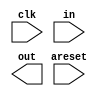
// The following is the state transition table for a Moore state machine with one input, one output, and four states. Implement this state machine. Include an asynchronous reset that resets the FSM to state A.

//	 	 	  Next state

//	State					Output
//			in=0	in=1
//	A		A		B		0
//	B		C		B		0
//	C		A		D		0
//	D		C		B		1


module top_module(
    input clk,
    input in,
    input areset,
    output out); //

    // Insert your code below
    
    // State transition logic

    // State flip-flops with asynchronous reset

    // Output logic

endmodule